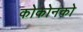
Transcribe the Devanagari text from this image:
कोकोनको